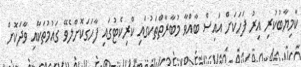
ކާމިޔާބުކުރި އިރު ފަހަކަށް އައިސް ބާއްވާ މުބާރާތްތަކުގައި ކްރިކެޓުގައި ފާހަގަކޮށްލެވޭ ގައުުމުތަކާއި ވާދަކޮށް